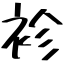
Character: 袗